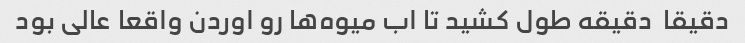
دقیقا  دقیقه طول کشید تا اب میوه‌ها رو اوردن واقعا عالی بود